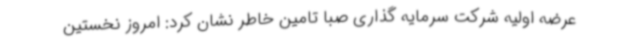
عرضه اولیه شرکت سرمایه گذاری صبا تامین خاطر نشان کرد: امروز نخستین